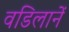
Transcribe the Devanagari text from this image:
वडिलानें